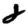
Digit: 8